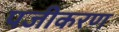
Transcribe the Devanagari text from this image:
पजीकरण